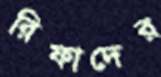
রিফাদের